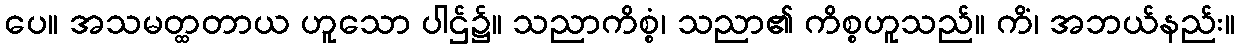
ပေ။ အသမတ္ထတာယ ဟူသော ပါဌ်၌။ သညာကိစ္စံ၊ သညာ၏ ကိစ္စဟူသည်။ ကိံ၊ အဘယ်နည်း။